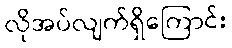
လိုအပ်လျက်ရှိကြောင်း